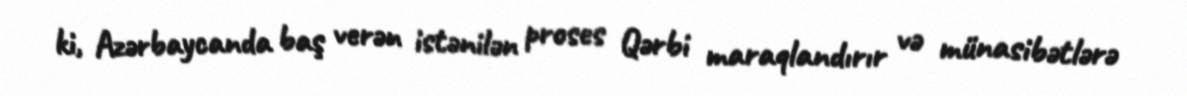
ki, Azərbaycanda baş verən istənilən proses Qərbi maraqlandırır və münasibətlərə